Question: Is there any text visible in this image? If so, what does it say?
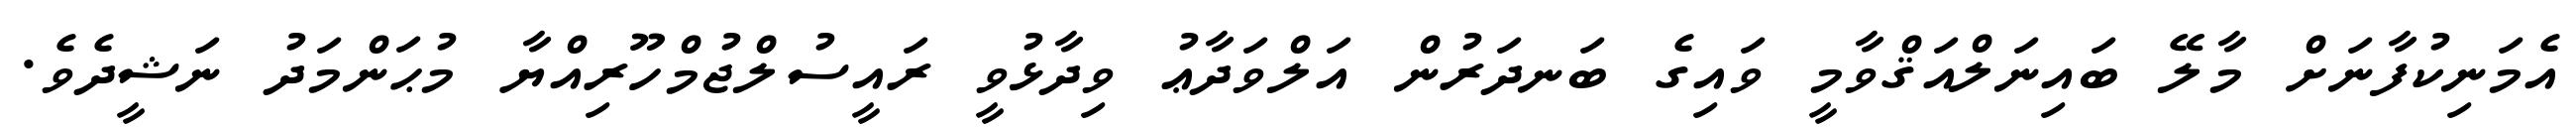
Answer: އެމަނިކުފާނަށް މާލޭ ބައިނަލްއަޤްވާމީ ވައިގެ ބަނދަރުން އަލްވަދާޢު ވިދާޅުވީ ރައީސުލްޖުމްހޫރިއްޔާ މުޙަންމަދު ނަޝީދެވެ.